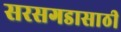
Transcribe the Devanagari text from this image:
सरसगडासाठी